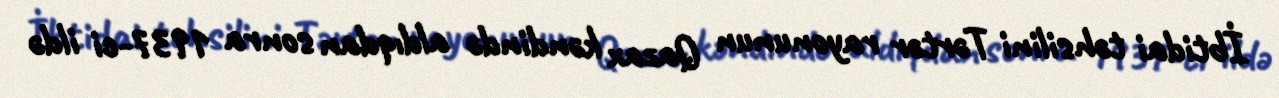
İbtidai təhsilini Tərtər rayonunun Qazax kəndində aldıqdan sonra 1937-ci ildə